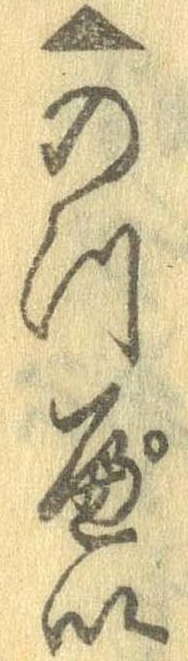
▲のっぺい